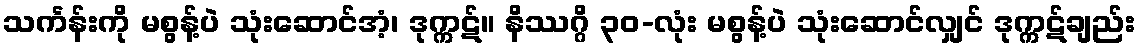
သင်္ကန်းကို မစွန့်ပဲ သုံးဆောင်အံ့၊ ဒုက္ကဋ်။ နိဿဂ္ဂိ ၃၀-လုံး မစွန့်ပဲ သုံးဆောင်လျှင် ဒုက္ကဋ်ချည်း